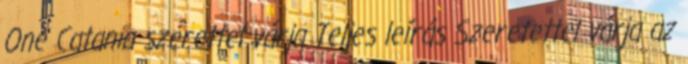
One Catania szerettel várja Teljes leírás Szeretettel várja az